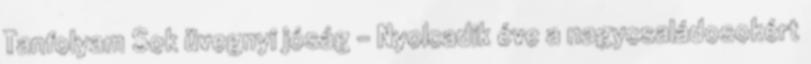
Tanfolyam Sok üvegnyi jóság - Nyolcadik éve a nagycsaládosokért